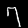
Label: 7